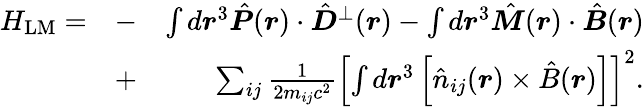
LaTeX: \begin{array}{rlr}{H_{\mathrm{LM}}=}&{-}&{\int d\boldsymbol r^{3}\hat{\boldsymbol P}(\boldsymbol r)\cdot\hat{\boldsymbol D}^{\perp}(\boldsymbol r)-\int d\boldsymbol r^{3}\hat{\boldsymbol M}(\boldsymbol r)\cdot\hat{\boldsymbol B}(\boldsymbol r)}\\ &{+}&{\sum_{ij}\frac{1}{2m_{ij}c^{2}}\left[\int d\boldsymbol r^{3}\left[\hat{n}_{ij}(\boldsymbol r)\times\hat{B}(\boldsymbol r)\right]\right]^{2}.}\end{array}